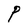
Character: P